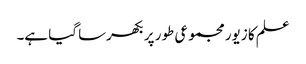
علم کا زیور مجموعی طور پر بکھرسا گیا ہے۔